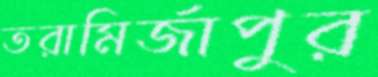
তরামির্জাপুর